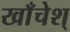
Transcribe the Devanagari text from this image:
खाँचेश्